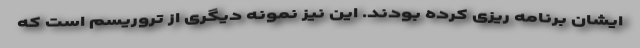
ایشان برنامه ریزی کرده بودند. این نیز نمونه دیگری از تروریسم است که